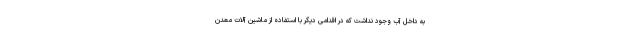
به داخل آب وجود نداشت که در اقدامی دیگر با استفاده از ماشین آلات معدن